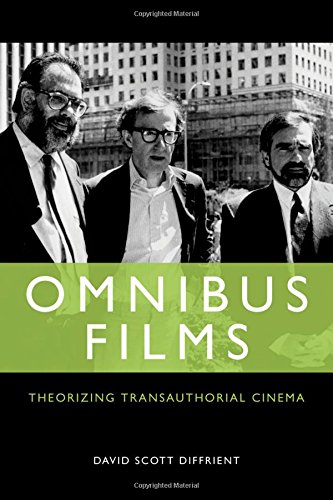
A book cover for Omnibus Films: Theorizing Transauthorial Cinema; David Scott Diffrient; Humor & Entertainment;